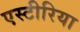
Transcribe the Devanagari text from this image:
एस्टीरिया